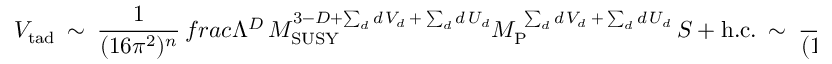
V _ { \mathrm { t a d } } \ \sim \ \frac { 1 } { ( 1 6 \pi ^ { 2 } ) ^ { n } } \, f r a c { \Lambda ^ { D } \, M _ { \mathrm { S U S Y } } ^ { 3 - D + \sum _ { d } d \, V _ { d } \: + \: \sum _ { d } d \, U _ { d } } } { M _ { \mathrm { P } } ^ { \ \sum _ { d } d \, V _ { d } \: + \: \sum _ { d } d \, U _ { d } } } \, S \ + \ \mathrm { h . c . } \ \sim \ \frac { 1 } { ( 1 6 \pi ^ { 2 } ) ^ { n } } \, M _ { \mathrm { P } } \, M _ { \mathrm { S U S Y } } ^ { 2 } \, S \ + \ \mathrm { h . c . } \, ,